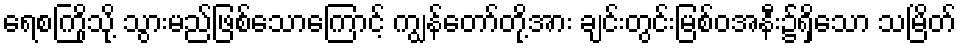
ရေစကြိုသို့ သွားမည်ဖြစ်သောကြောင့် ကျွန်တော်တို့အား ချင်းတွင်းမြစ်ဝအနီး၌ရှိသော သမြိတ်